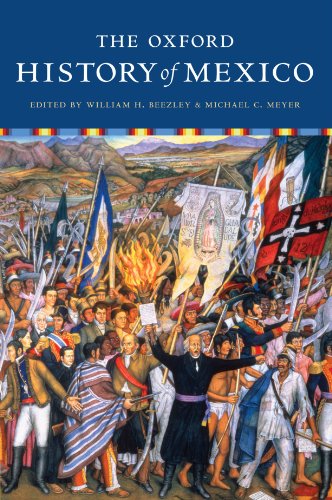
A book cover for The Oxford History of Mexico; History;